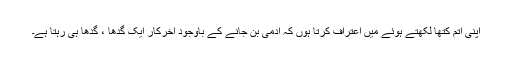
اپنی آتم کتھا لکھتے ہوئے میں اعتراف کرتا ہوں کہ آدمی بن جانے کے باوجود آخرکار ایک گدھا ، گدھا ہی رہتا ہے۔